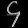
Digit: ၄